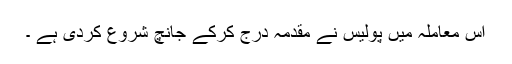
اس معاملہ میں پولیس نے مقدمہ درج کرکے جانچ شروع کردی ہے ۔